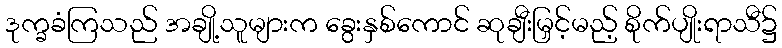
ဒုက္ခခံကြသည် အချို့သူများက ခွေးနှစ်ကောင် ဆုချီးမြှင့်မည့် စိုက်ပျိုးရာသီ၌